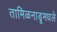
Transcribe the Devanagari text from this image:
तामिळनाडूमधले